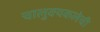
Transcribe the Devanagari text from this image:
चालुक्यकलेची